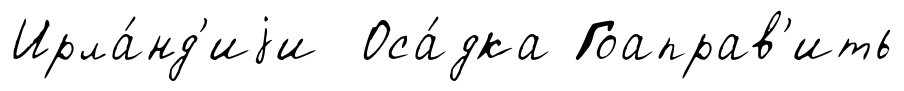
Ирла́нд'иjи Оса́дка Гоаправ'ить